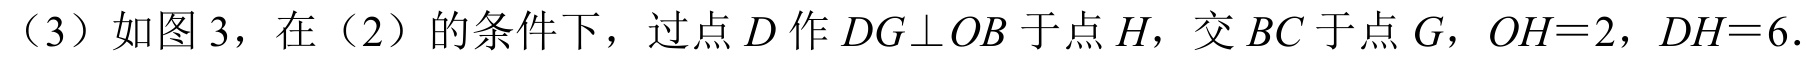
（3）如图 3，在（2）的条件下，过点\(D\)作\(DG\perp OB\)于点\(H\)，交\(BC\)于点\(G\)，\(OH = 2\)，\(DH = 6\)。